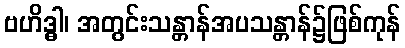
ဗဟိဒ္ဓါ၊ အတွင်းသန္တာန်အပသန္တာန်၌ဖြစ်ကုန်